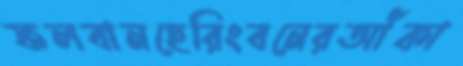
ফলবানহেরিংবনেরআঁকা